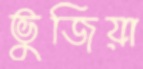
ভুজিয়া